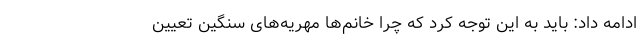
ادامه داد: باید به این توجه کرد که چرا خانم‌ها مهریه‌های سنگین تعیین